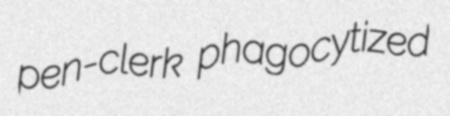
pen-clerk phagocytized